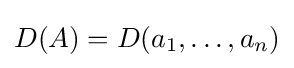
D(A)=D(a_{1},\ldots ,a_{n})